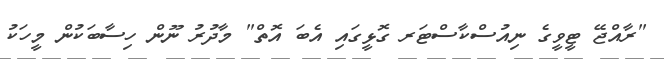
"ރާއްޖޭ ޓީވީގެ ނިއުސްކާސްޓަރ ގޮޅީގައި އެބަ އޮތް" މާދުރު ނޫން ހިސާބަކުން މީހަކު